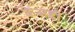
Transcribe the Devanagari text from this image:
केअडी